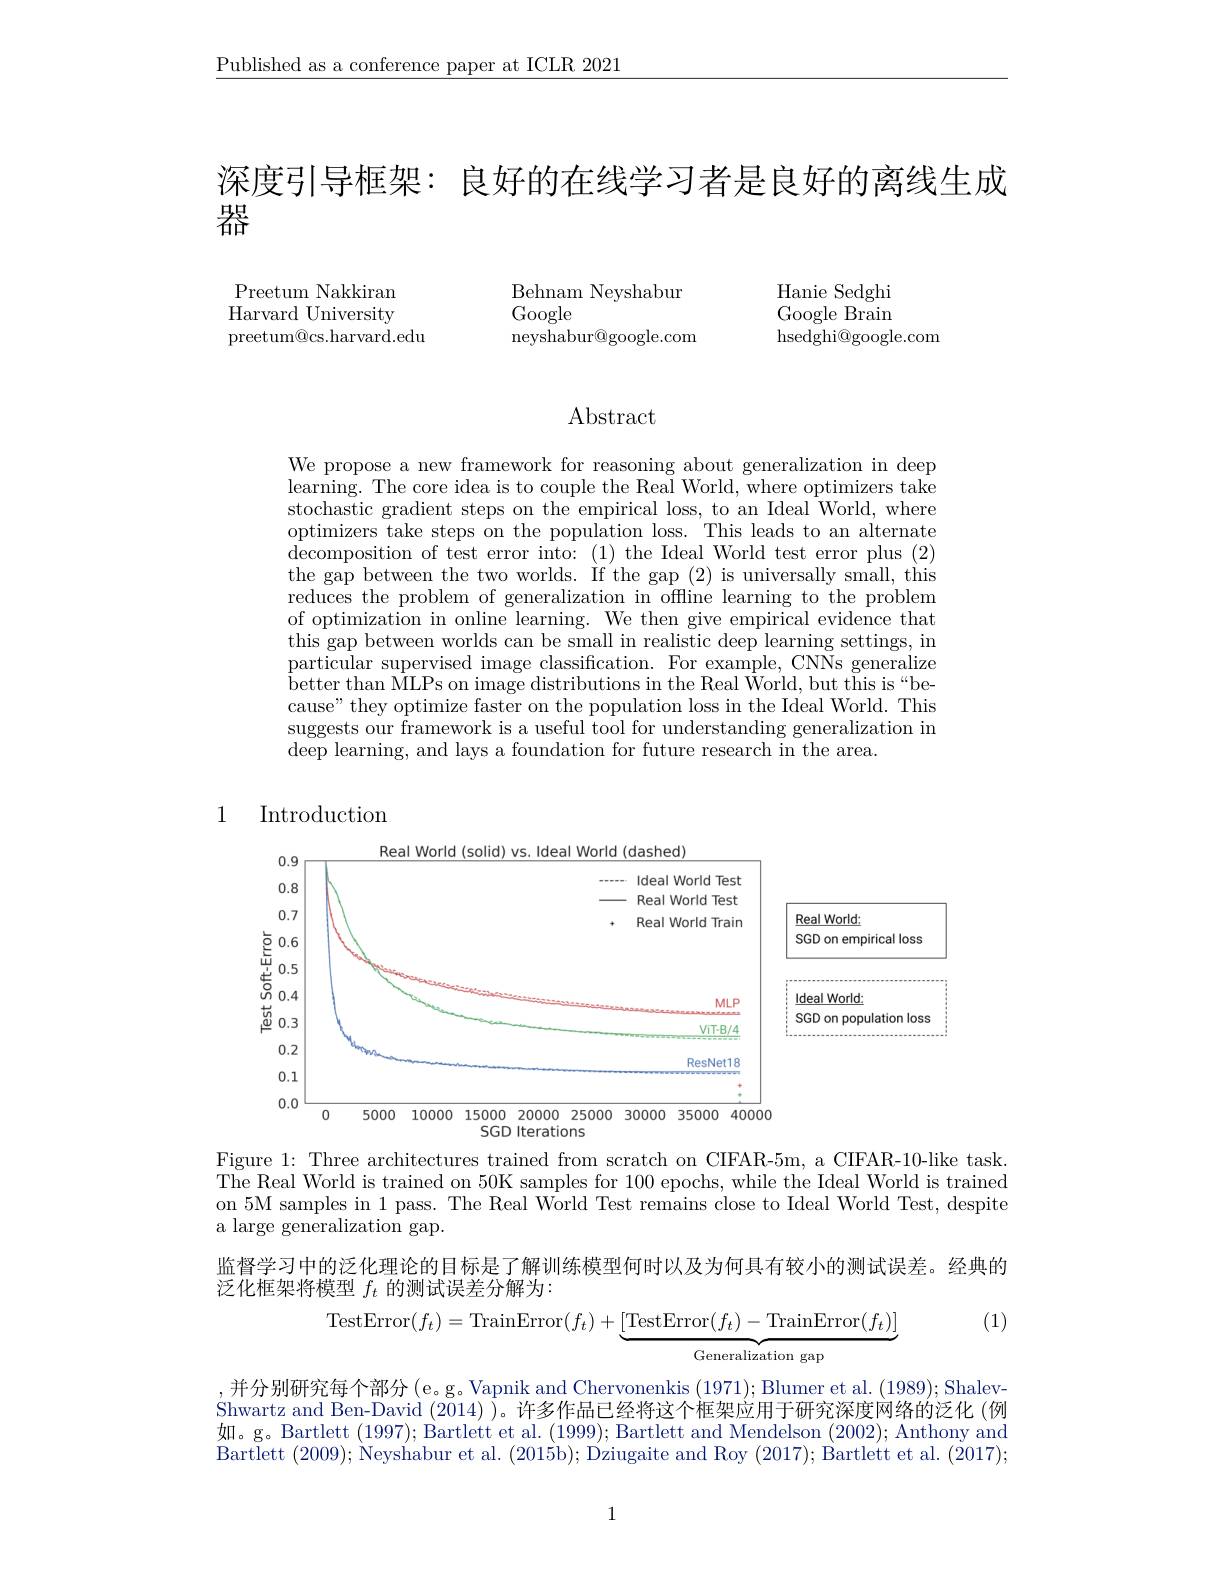
$\underline{\text{Published as a conference paper at ICLR 2021}}$

深度引导框架：良好的在线学习者是良好的离线生成
器

Preetum Nakkiran Harvard University preetum@cs.harvard.edu

Hanie Sedghi Google Brain ${\mathrm{hsedghi@google.com}}$

Behnam Neyshabur
Google
neyshabur@google.com

Abstract

We propose a new framework for reasoning about generalization in deep learning. The core idea is to couple the Real World, where optimizers take stochastic gradient steps on the empirical loss, to an Ideal World, where optimizers take steps on the population loss. This leads to an alternate decomposition of test error into: (1) the Ideal World test error plus (2) the gap between the two worlds. If the gap (2) is universally small, this reduces the problem of generalization in offline learning to the problem of optimization in online learning. We then give empirical evidence that this gap between worlds can be small in realistic deep learning settings, in particular supervised image classification. For example, CNNs generalize better than MLPs on image distributions in the Real World, but this is“ be- cause" they optimize faster on the population loss in the Ideal World. This suggests our framework is a useful tool for understanding generalization in deep learning, and lays a foundation for future research in the area.

# 1 Introduction
<FigureHere>

Figure 1: Three architectures trained from scratch on CIFAR-5m, a CIFAR-10-like task The Real World is trained on 50K samples for 100 epochs, while the Ideal World is trained on 5M samples in 1 pass. The Real World Test remains close to Ideal World Test, despite a large generalization gap.

监督学习中的泛化理论的目标是了解训练模型何时以及为何具有较小的测试误差。经典的
泛化框架将模型$f_t$的测试误差分解为：
(1)
$$\mathrm{TestError}(f_{t})=\mathrm{TrainError}(f_{t})+\underbrace{[\mathrm{TestError}(f_{t})-\mathrm{TrainError}(f_{t})]}_{\mathrm{Generalization~gap}}$$
,并分别研究每个部分(e。g。Vapnik and Chervonenkis (1971); Blumer et al. (1989); ShalevShwartz and Ben-David (2014) )。许多作品已经将这个框架应用于研究深度网络的泛化 (例如。g。Bartlett (1997); Bartlett et al. (1999); Bartlett and Mendelson (2002); Anthony and Bartlett (2009);Neyshabur et al. (2015b); Dziugaite and Roy (2017); Bartlett et al. (2017);

1